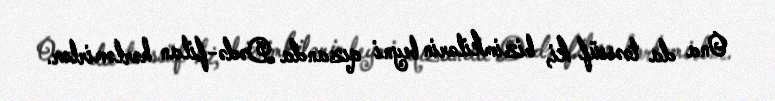
Ona da təəssüf ki, bizimkilərin beyni qızanda Dədə-filan hərləmirlər.